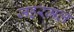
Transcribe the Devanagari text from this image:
जहरमल